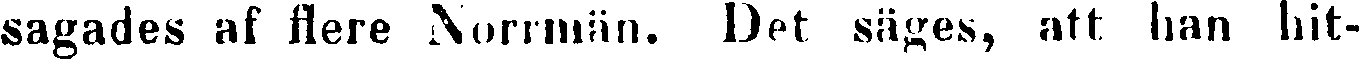
sågades af flere Norrmän. Det säges, att han hit-